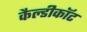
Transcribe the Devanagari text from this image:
कैल्डीकॉट